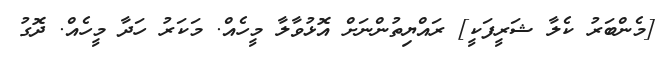
[މެންބަރު ކެލާ ޝަރީފަކީ] ރައްޔިތުންނަށް އޮޅުވާލާ މީހެއް. މަކަރު ހަދާ މީހެއް. ދޮގު